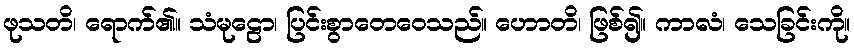
ဖုသတိ၊ ရောက်၏။ သံမုဠော၊ ပြင်းစွာတေဝေသည်။ ဟောတိ၊ ဖြစ်၍။ ကာလံ၊ သေခြင်းကို။